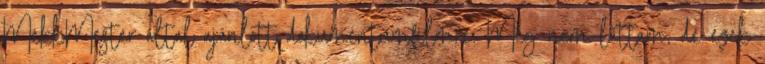
MekkMester által ajánlott dokumentumfilmre. Még nem láttam, de ezek